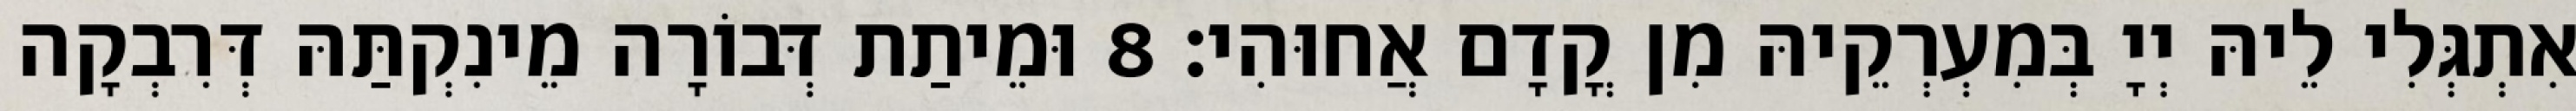
אִתְגְּלִי לֵיהּ יְיָ בְּמִעְרְקֵיהּ מִן קֳדָם אֲחוּהִי׃ 8 וּמֵיתַת דְּבוֹרָה מֵינִקְתַּהּ דְּרִבְקָה